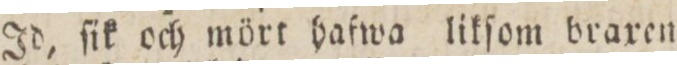
Id, ſik och mört hafwa likſom braxen